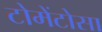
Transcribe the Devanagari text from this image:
टोमेंटोसा